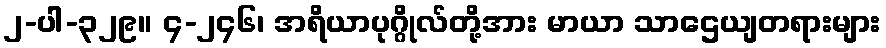
၂-ပါ-၃၂၉။ ၄-၂၄၆၊ အရိယာပုဂ္ဂိုလ်တို့အား မာယာ သာဌေယျတရားများ